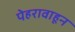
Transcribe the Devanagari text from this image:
पेहरावाहून